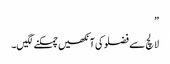
”
لالچ سے فضلو کی آنکھیں چمکنے لگیں۔